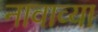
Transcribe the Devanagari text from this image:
नावाव्या